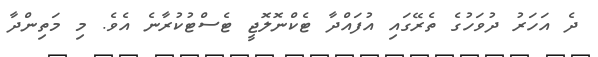
ދެ އަހަރު ދުވަހުގެ ތެރޭގައި އުފައްދާ ޓެކްނޮލޮޖީ ޓެސްޓުކުރާނެ އެވެ. މި މަތިންދާ